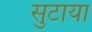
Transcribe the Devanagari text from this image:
सुटाया